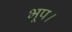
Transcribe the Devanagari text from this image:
भूप।